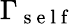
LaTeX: \Gamma_{\mathrm{~s~e~l~f~}}